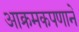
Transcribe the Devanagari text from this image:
आक्रमकपणाने